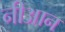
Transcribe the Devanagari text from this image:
नीआन